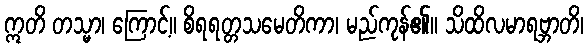
ဣတိ တသ္မာ၊ ကြောင့်။ စိရရတ္တသမေတိကာ၊ မည်ကုန်၏။ သိထိလမာရဗ္ဘာတိ၊